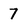
Character: 7